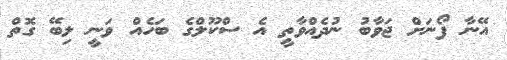
އޭނާ ފޯނަށް ޖަވާބު ނުދެއްވާތީ އެ ސްކޫލްގެ ބަހެއް ވަނީ ލިބޭ ގޮތް